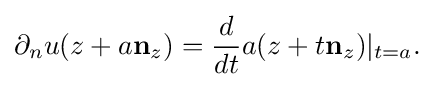
\displaystyle {\partial _{n}u(z+a\mathbf {n} _{z})={d \over dt}a(z+t\mathbf {n} _{z})|_{t=a}.}